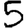
Digit: 5